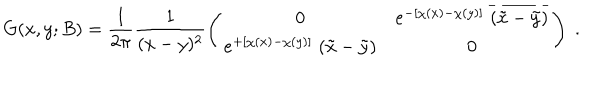
G ( x , y ; B ) = \frac { 1 } { 2 \pi } \frac { 1 } { ( x - y ) ^ { 2 } } \left( \begin{array} { c c } { { 0 } } & { { e ^ { - [ \chi ( x ) - \chi ( y ) ] } \; \overline { { { ( \tilde { x } - \tilde { y } ) } } } } } \\ { { e ^ { + [ \chi ( x ) - \chi ( y ) ] } \; ( \tilde { x } - \tilde { y } ) } } & { { 0 } } \\ \end{array} \right) \; .